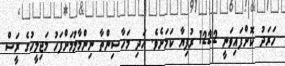
ހަަރަދު ކޮށްފައިވަނީ 1222 ރުފިޔާ ކަމަށެވެ. އަދި މަހާސިންތާ ނިންމާލުމަށްފަހު މަޖިލީހުގެ ރަީސް